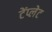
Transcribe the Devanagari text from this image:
टेंप्लेट